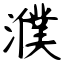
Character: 濮